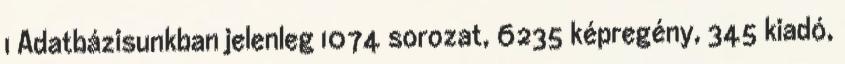
1 Adatbázisunkban jelenleg 1074 sorozat, 6235 képregény, 345 kiadó,